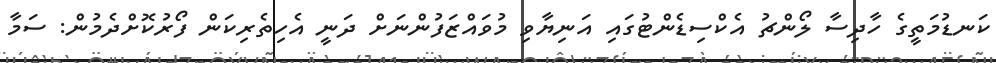
ކަނޑުމަތީގެ ހާދިސާ ލޯންޗު އެކްސިޑެންޓުގައި އަނިޔާވި މުވައްޒަފުންނަށް ދަނީ އެހިތެރިކަން ފޯރުކޮށްދެމުން: ސަމާ